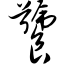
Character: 饕